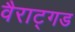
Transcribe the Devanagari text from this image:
वैराट्गड